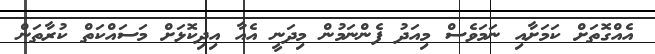
އެއްގޮތަށް ކަމަށާއި ނަމަވެސް މިއަދު ފެންނަމުން މިދަނީ އެއާ އިދިކޮޅަށް މަސައްކަތް ކުރާތަން